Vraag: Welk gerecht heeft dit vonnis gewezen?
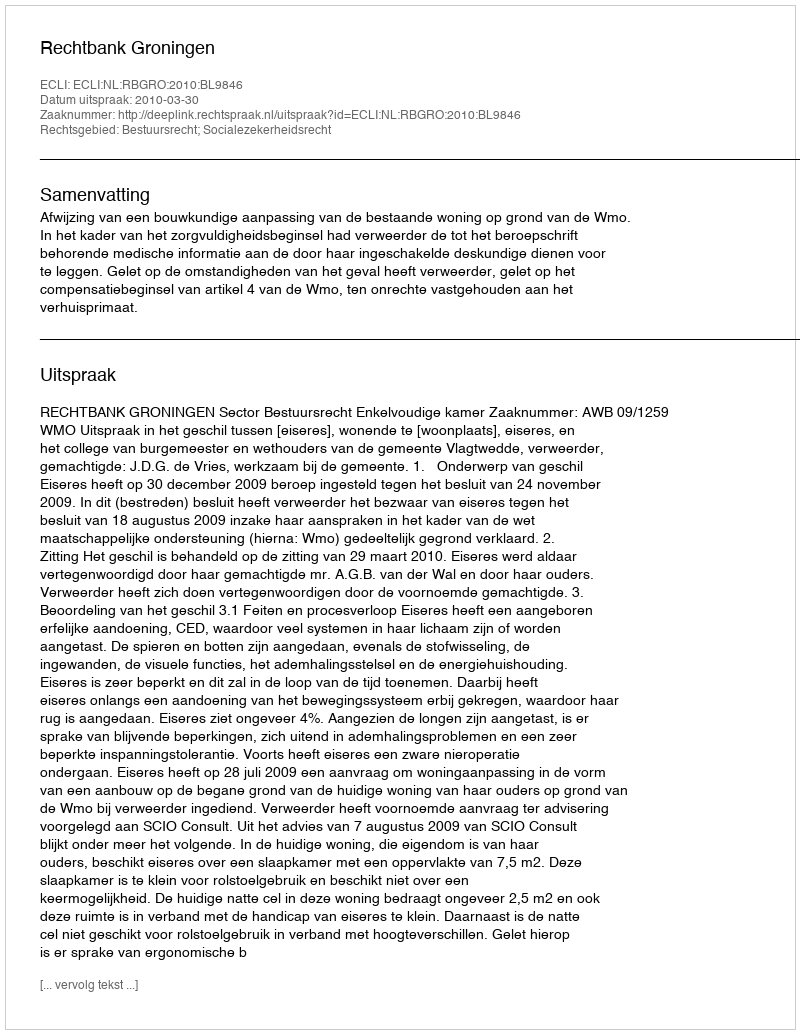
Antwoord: Rechtbank Groningen